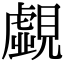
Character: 覷